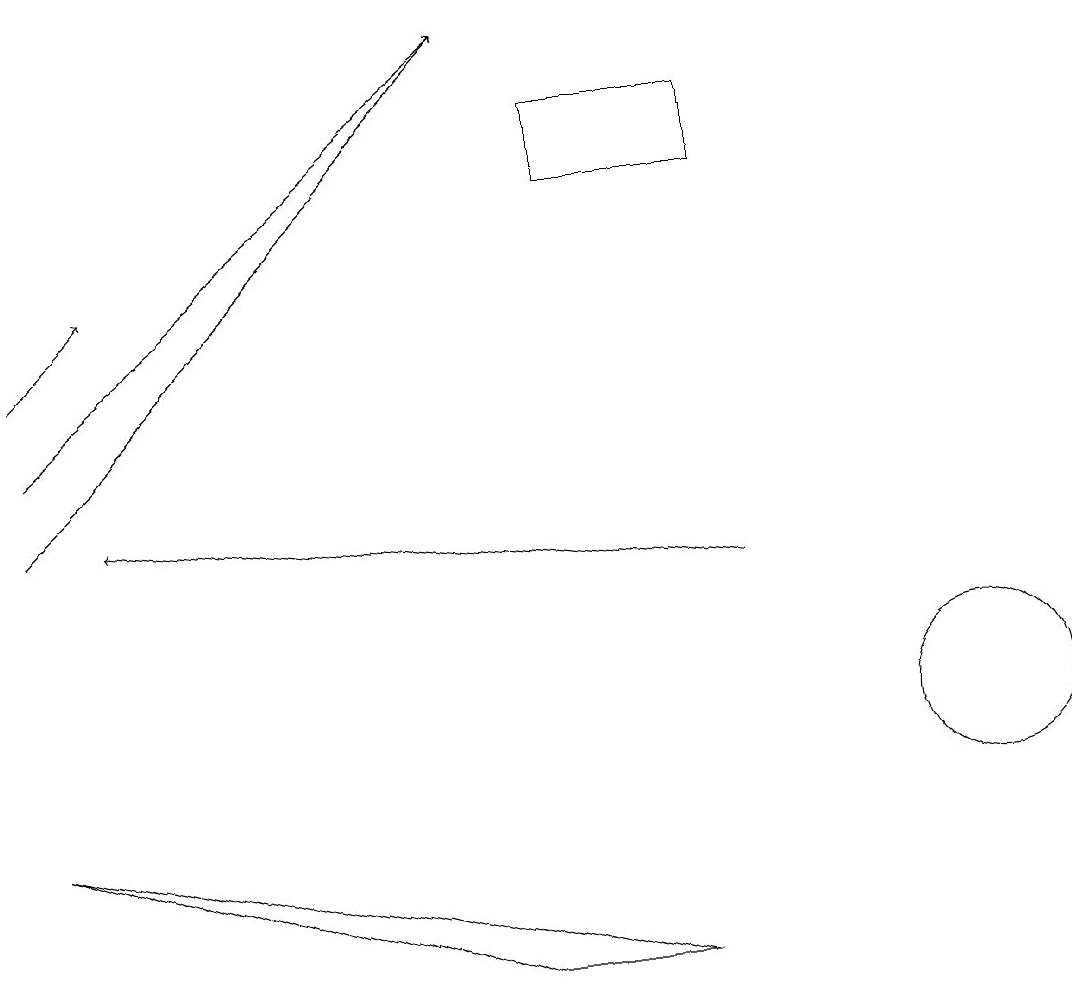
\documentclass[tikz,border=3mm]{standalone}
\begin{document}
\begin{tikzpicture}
\draw[->] (0,15) -- (1,16);
\draw[->] (0,13) -- (6,19);
\draw[->] (0,14) -- (6,19);
\draw (6,7) -- (0,9) -- (8,7) -- cycle;
\draw (9,18) rectangle (7,17);
\draw[->] (9,12) -- (1,13);
\draw (12,10) circle (1);
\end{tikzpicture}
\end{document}